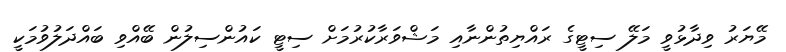
މޭޔަރު ވިދާޅުވީ މަލޭ ސިޓީގެ ރައްޔިތުންނާއި މަޝްވަރާކުރުމަށް ސިޓީ ކައުންސިލުން ބޭއްވި ބައްދަލުވުމަކީ